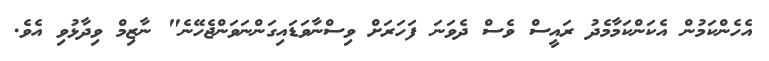
އެހެންކަމުން އެކަންކަމާމެދު ރައީސް ވެސް ދެވަނަ ފަހަރަށް ވިސްނާވަޑައިގަންނަވަންޖެހޭނެ" ނާޒިމް ވިދާޅުވި އެވެ.